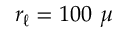
r _ { \ell } = 1 0 0 ~ \mu